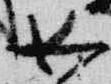
女